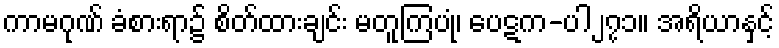
ကာမဂုဏ် ခံစားရာ၌ စိတ်ထားချင်း မတူကြပုံ၊ ပေဋက-ပါ၂၇၁။ အရိယာနှင့်